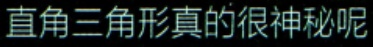
直角三角形真的很神秘呢